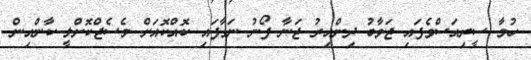
ހުމާ ސީރިއަސްވެފައި ޖަވާބު ދިންއިރު ޖަނާ ފޯނު ނަގާފައި ކޮއްކޮއަށް މެސެޖްކޮށްލީ ކާންއިން